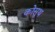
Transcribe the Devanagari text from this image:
कोसूथ